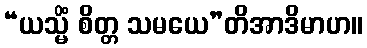
“ယသ္မိံ စိတ္တ သမယေ”တိအာဒိမာဟ။